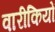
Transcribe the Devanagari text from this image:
वारीकियों